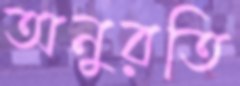
অনুরতি